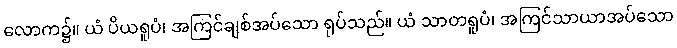
လောက၌။ ယံ ပိယရူပံ၊ အကြင်ချစ်အပ်သော ရုပ်သည်။ ယံ သာတရူပံ၊ အကြင်သာယာအပ်သော